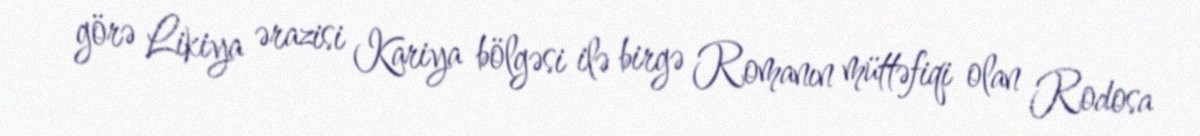
görə Likiya ərazisi Kariya bölgəsi ilə birgə Romanın müttəfiqi olan Rodosa